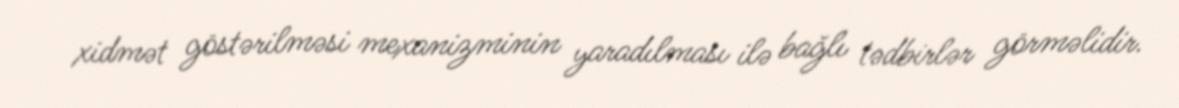
xidmət göstərilməsi mexanizminin yaradılması ilə bağlı tədbirlər görməlidir.